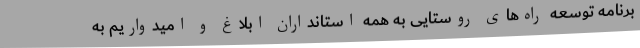
برنامه توسعه راه‌های روستایی به همه استانداران ابلاغ و امیدواریم به